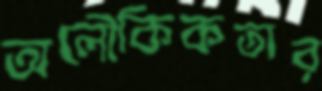
অলৌকিকতার